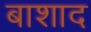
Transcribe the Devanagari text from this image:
बाशाद